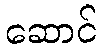
ဆောင်